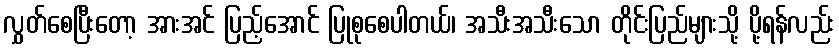
လွှတ်စေပြီးတော့ အားအင် ပြည့်အောင် ပြုစုစေပါတယ်၊ အသီးအသီးသော တိုင်းပြည်များသို့ ပို့ရန်လည်း